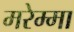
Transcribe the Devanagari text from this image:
मरेम्मा